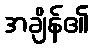
အချိန်၏